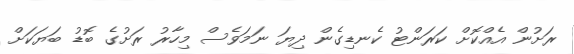
ރަށުން އެއްކޮށް ކަރަންޓު ކެނޑިގެން ދިޔަ ނަމަވެސް މިހާރު ރަށުގެ ބޮޑު ބަޔަކަށް